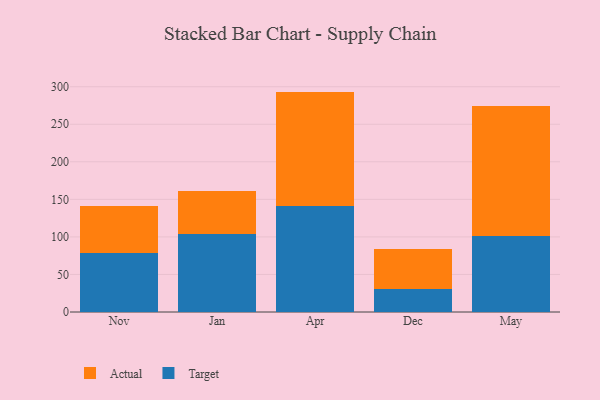
{"axis": {"x": "Month", "y": "Inventory Turnover"}, "legend": ["Actual", "Target"], "data": [{"x": "Nov", "y": 79.0, "type": "Target"}, {"x": "Nov", "y": 62.1, "type": "Actual"}, {"x": "Jan", "y": 104.5, "type": "Target"}, {"x": "Jan", "y": 57.3, "type": "Actual"}, {"x": "Apr", "y": 141.3, "type": "Target"}, {"x": "Apr", "y": 152.2, "type": "Actual"}, {"x": "Dec", "y": 30.9, "type": "Target"}, {"x": "Dec", "y": 53.2, "type": "Actual"}, {"x": "May", "y": 101.1, "type": "Target"}, {"x": "May", "y": 172.7, "type": "Actual"}]}